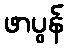
ဖာပွန်